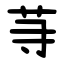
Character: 䒭